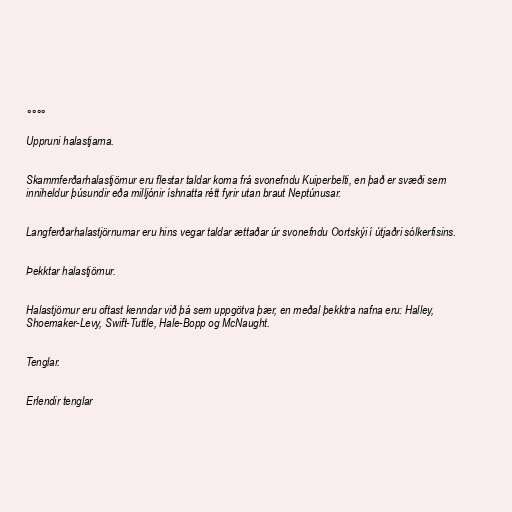
°°°°

Uppruni halastjarna.

Skammferðarhalastjörnur eru flestar taldar koma frá svonefndu Kuiperbelti, en það er svæði sem
inniheldur þúsundir eða milljónir íshnatta rétt fyrir utan braut Neptúnusar.

Langferðarhalastjörnurnar eru hins vegar taldar ættaðar úr svonefndu Oortskýi í útjaðri sólkerfisins.

Þekktar halastjörnur.

Halastjörnur eru oftast kenndar við þá sem uppgötva þær, en meðal þekktra nafna eru: Halley,
Shoemaker-Levy, Swift-Tuttle, Hale-Bopp og McNaught.

Tenglar.

Erlendir tenglar